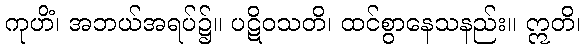
ကုဟိံ၊ အဘယ်အရပ်၌။ ပဋိဝသတိ၊ ထင်စွာနေသနည်း။ ဣတိ၊